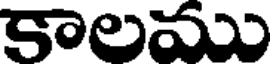
కాలము